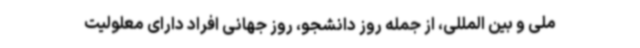
ملی و بین المللی، از جمله روز دانشجو، روز جهانی افراد دارای معلولیت